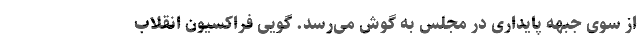
از سوی جبهه‌ پایداری در مجلس به گوش می‌رسد. گویی فراكسیون انقلاب